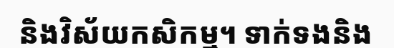
និងវិស័យកសិកម្ម។ ទាក់ទងនិង